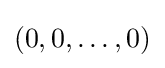
(0,0,\ldots ,0)